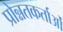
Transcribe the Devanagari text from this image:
प्रोन्नतकर्ताओं